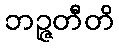
ဘဉ္ဇတီတိ